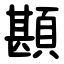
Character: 䫖